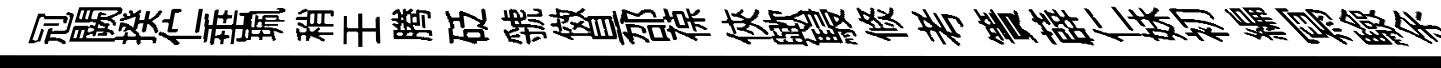
𠜍闕揆伫𡸁珮稍壬腾砭虢傚具邵葆俠歟駸倐考簀薜仁妹初編冩驗余